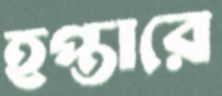
হপ্তারে